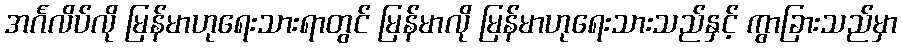
အင်္ဂလိပ်လို မြန်မာဟုရေးသားရာတွင် မြန်မာလို မြန်မာဟုရေးသားသည်နှင့် ကွာခြားသည်မှာ